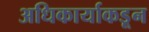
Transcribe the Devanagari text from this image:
अधिकार्याकडून